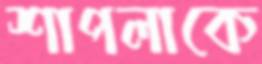
শাপলাকে